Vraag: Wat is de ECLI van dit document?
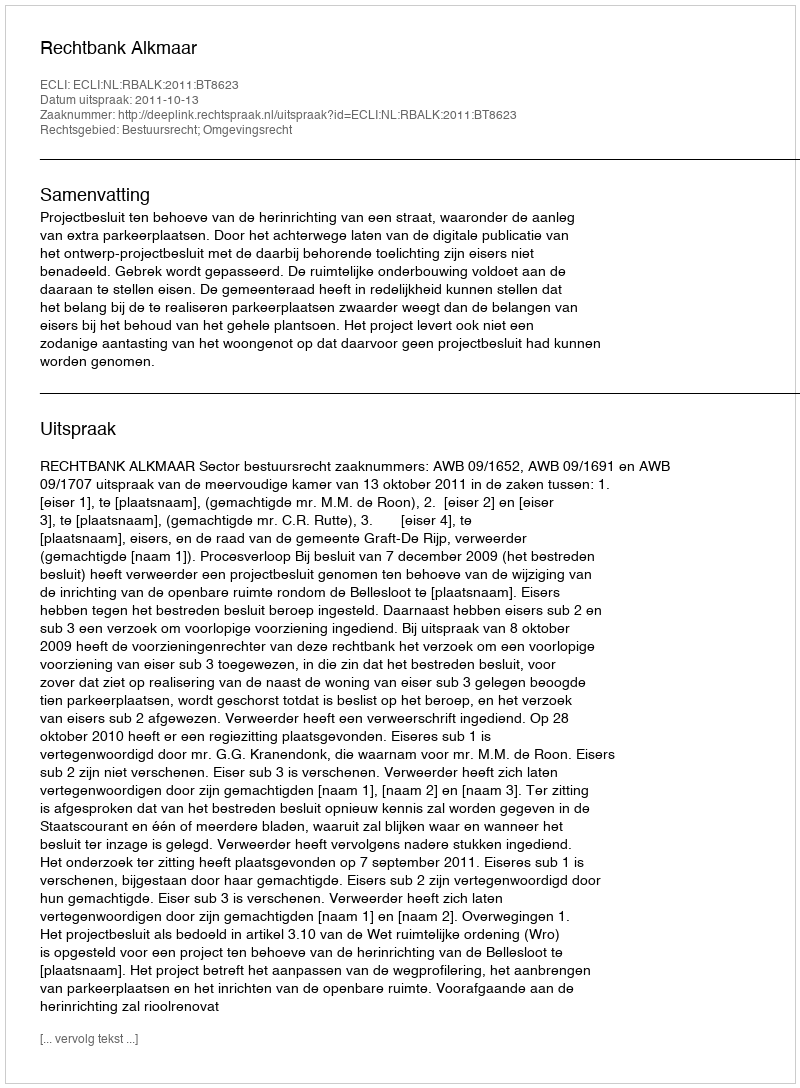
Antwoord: ECLI:NL:RBALK:2011:BT8623